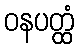
ဝနပတ္ထံ